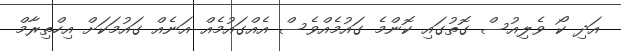
އަދި ކޯ ވެލިއުސް ގޮތުގައި ކޮންމެ ގައުމެއްވެސް އެއްގައުމެއް އަނެއް ގައުމަކަށް އިހްތިރާމް